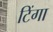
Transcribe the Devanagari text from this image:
टिंगा